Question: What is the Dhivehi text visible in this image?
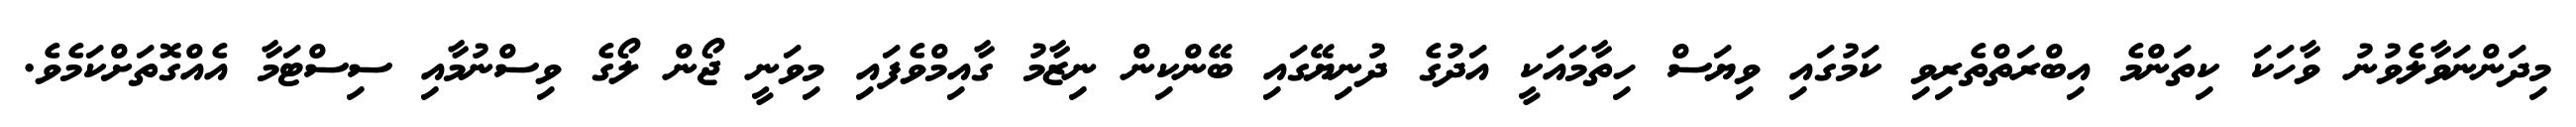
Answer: މިދަންނަވާލެވުނު ވާހަކަ ކިތަންމެ އިބްރަތްތެރިވި ކަމުގައި ވިޔަސް ހިތާމައަކީ އަދުގެ ދުނިޔޭގައި ބޭންކިން ނިޒާމު ގާއިމްވެފައި މިވަނީ ޖޯން ލޯގެ ވިސްނުމާއި ސިސްޓަމާ އެއްގޮތަށްކަމެވެ.